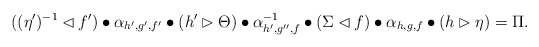
\begin{align*}((\eta')^{-1}\lhd f')\bullet \alpha_{h',g',f'} \bullet (h' \rhd \Theta)\bullet \alpha^{-1}_{h',g'',f}\bullet (\Sigma\lhd f) \bullet \alpha_{h,g,f} \bullet (h \rhd \eta)=\Pi. \end{align*}